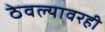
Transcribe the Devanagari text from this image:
ठेवल्यावरही